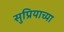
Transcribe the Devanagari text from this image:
सुप्रियाच्या